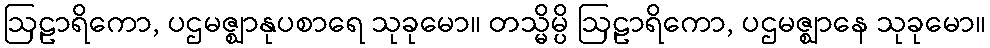
ဩဠာရိကော, ပဌမဇ္ဈာနုပစာရေ သုခုမော။ တသ္မိမ္ပိ ဩဠာရိကော, ပဌမဇ္ဈာနေ သုခုမော။